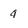
Character: 4